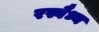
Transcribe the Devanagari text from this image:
रस्वैध्य